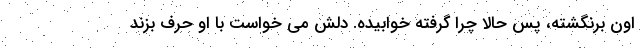
اون برنگشته، پس حالا چرا گرفته خوابیده. دلش می خواست با او حرف بزند